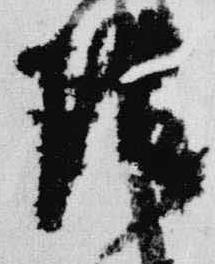
陰